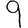
Digit: 9